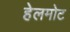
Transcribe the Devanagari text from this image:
हेलमोट